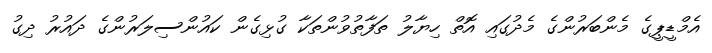
އެމްޑީޕީގެ މެންބަރުންގެ މެދުގައި އޮތް ހިޔާލު ތަފާތުވުންތަކާ ގުޅިގެން ކައުންސިލަރުންގެ ދައުރު ދިގު